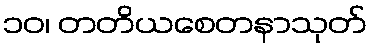
၁၀၊ တတိယစေတနာသုတ်